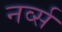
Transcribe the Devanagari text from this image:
नर्व्स